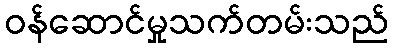
ဝန်ဆောင်မှုသက်တမ်းသည်